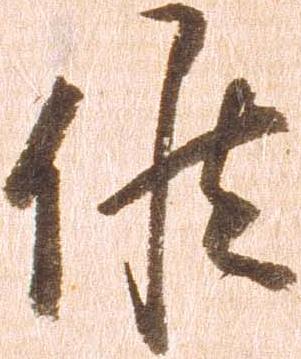
候